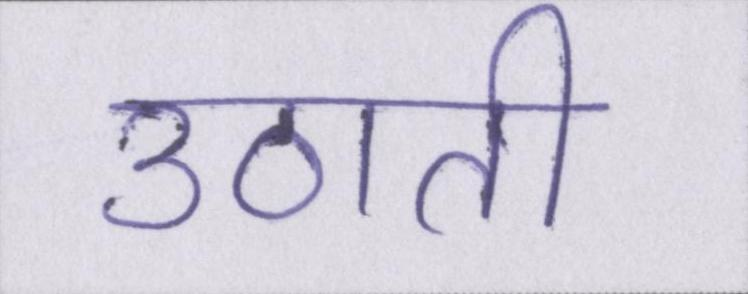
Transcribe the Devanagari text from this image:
उठाती